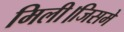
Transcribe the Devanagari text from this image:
मिली।जिसमे